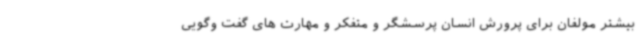
بیشتر مولفان برای پرورش انسان پرسشگر و متفکر و مهارت های گفت وگویی